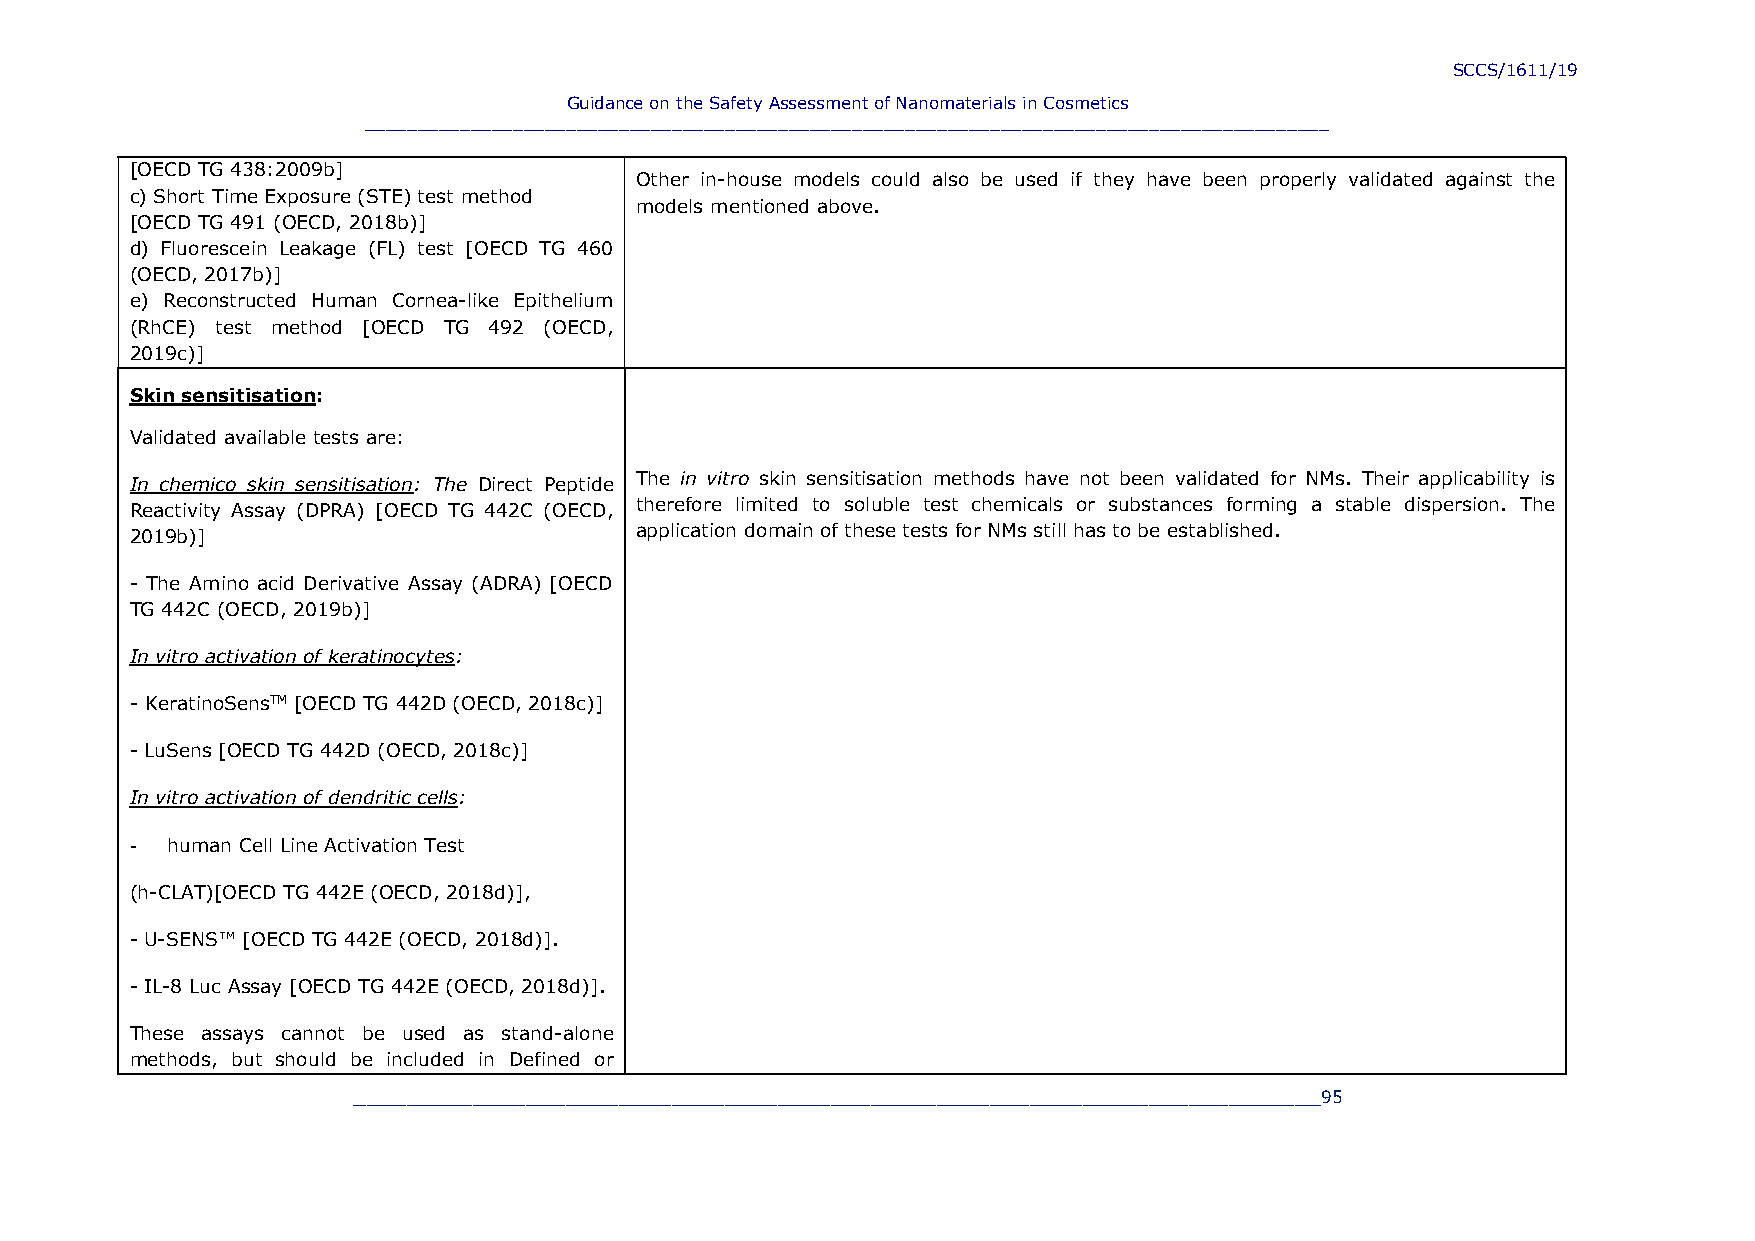
SCCS/1611/19
 Guidance on the Safety Assessment of Nanomaterials in Cosmetics
 ___________________________________________________________________________________________
 [OECD TG 438:2009b]
 Other in-house models could also be used if they have been properly validated against the
 c) Short Time Exposure (STE) test method
 models mentioned above.
 [OECD TG 491 (OECD, 2018b)]
 d) Fluorescein Leakage (FL) test [OECD TG 460
 (OECD, 2017b)]
 e) Reconstructed Human Cornea-like Epithelium
 (RhCE) test method [OECD TG 492 (OECD,
 2019c)]
 Skin sensitisation:
 Validated available tests are:
 In chemico skin sensitisation: The Direct Peptide The in vitro skin sensitisation methods have not been validated for NMs. Their applicability is
 Reactivity Assay (DPRA) [OECD TG 442C (OECD, therefore limited to soluble test chemicals or substances forming a stable dispersion. The
 2019b)]                          application domain of these tests for NMs still has to be established.
 - The Amino acid Derivative Assay (ADRA) [OECD
 TG 442C (OECD, 2019b)]
 In vitro activation of keratinocytes:
 - KeratinoSensTM [OECD TG 442D (OECD, 2018c)]
 - LuSens [OECD TG 442D (OECD, 2018c)]
 In vitro activation of dendritic cells:
 - human Cell Line Activation Test
 (h-CLAT)[OECD TG 442E (OECD, 2018d)],
 - U-SENS™ [OECD TG 442E (OECD, 2018d)].
 - IL-8 Luc Assay [OECD TG 442E (OECD, 2018d)].
 These assays cannot be used as stand-alone
 methods, but should be included in Defined or
 _________________________________________________________________________95